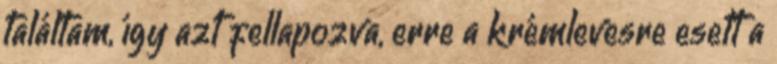
találtam, így azt fellapozva, erre a krémlevesre esett a